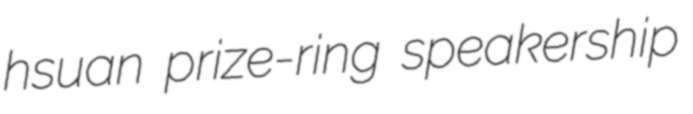
hsuan prize-ring speakership